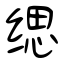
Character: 缌